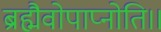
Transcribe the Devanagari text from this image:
ब्रह्मैवोपाप्नोति।।